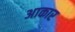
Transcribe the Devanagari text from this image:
अाकार